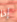
إذا